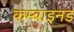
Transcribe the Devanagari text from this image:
कम्बाइनड